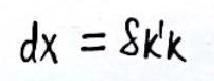
\(dx = \delta k'k\)